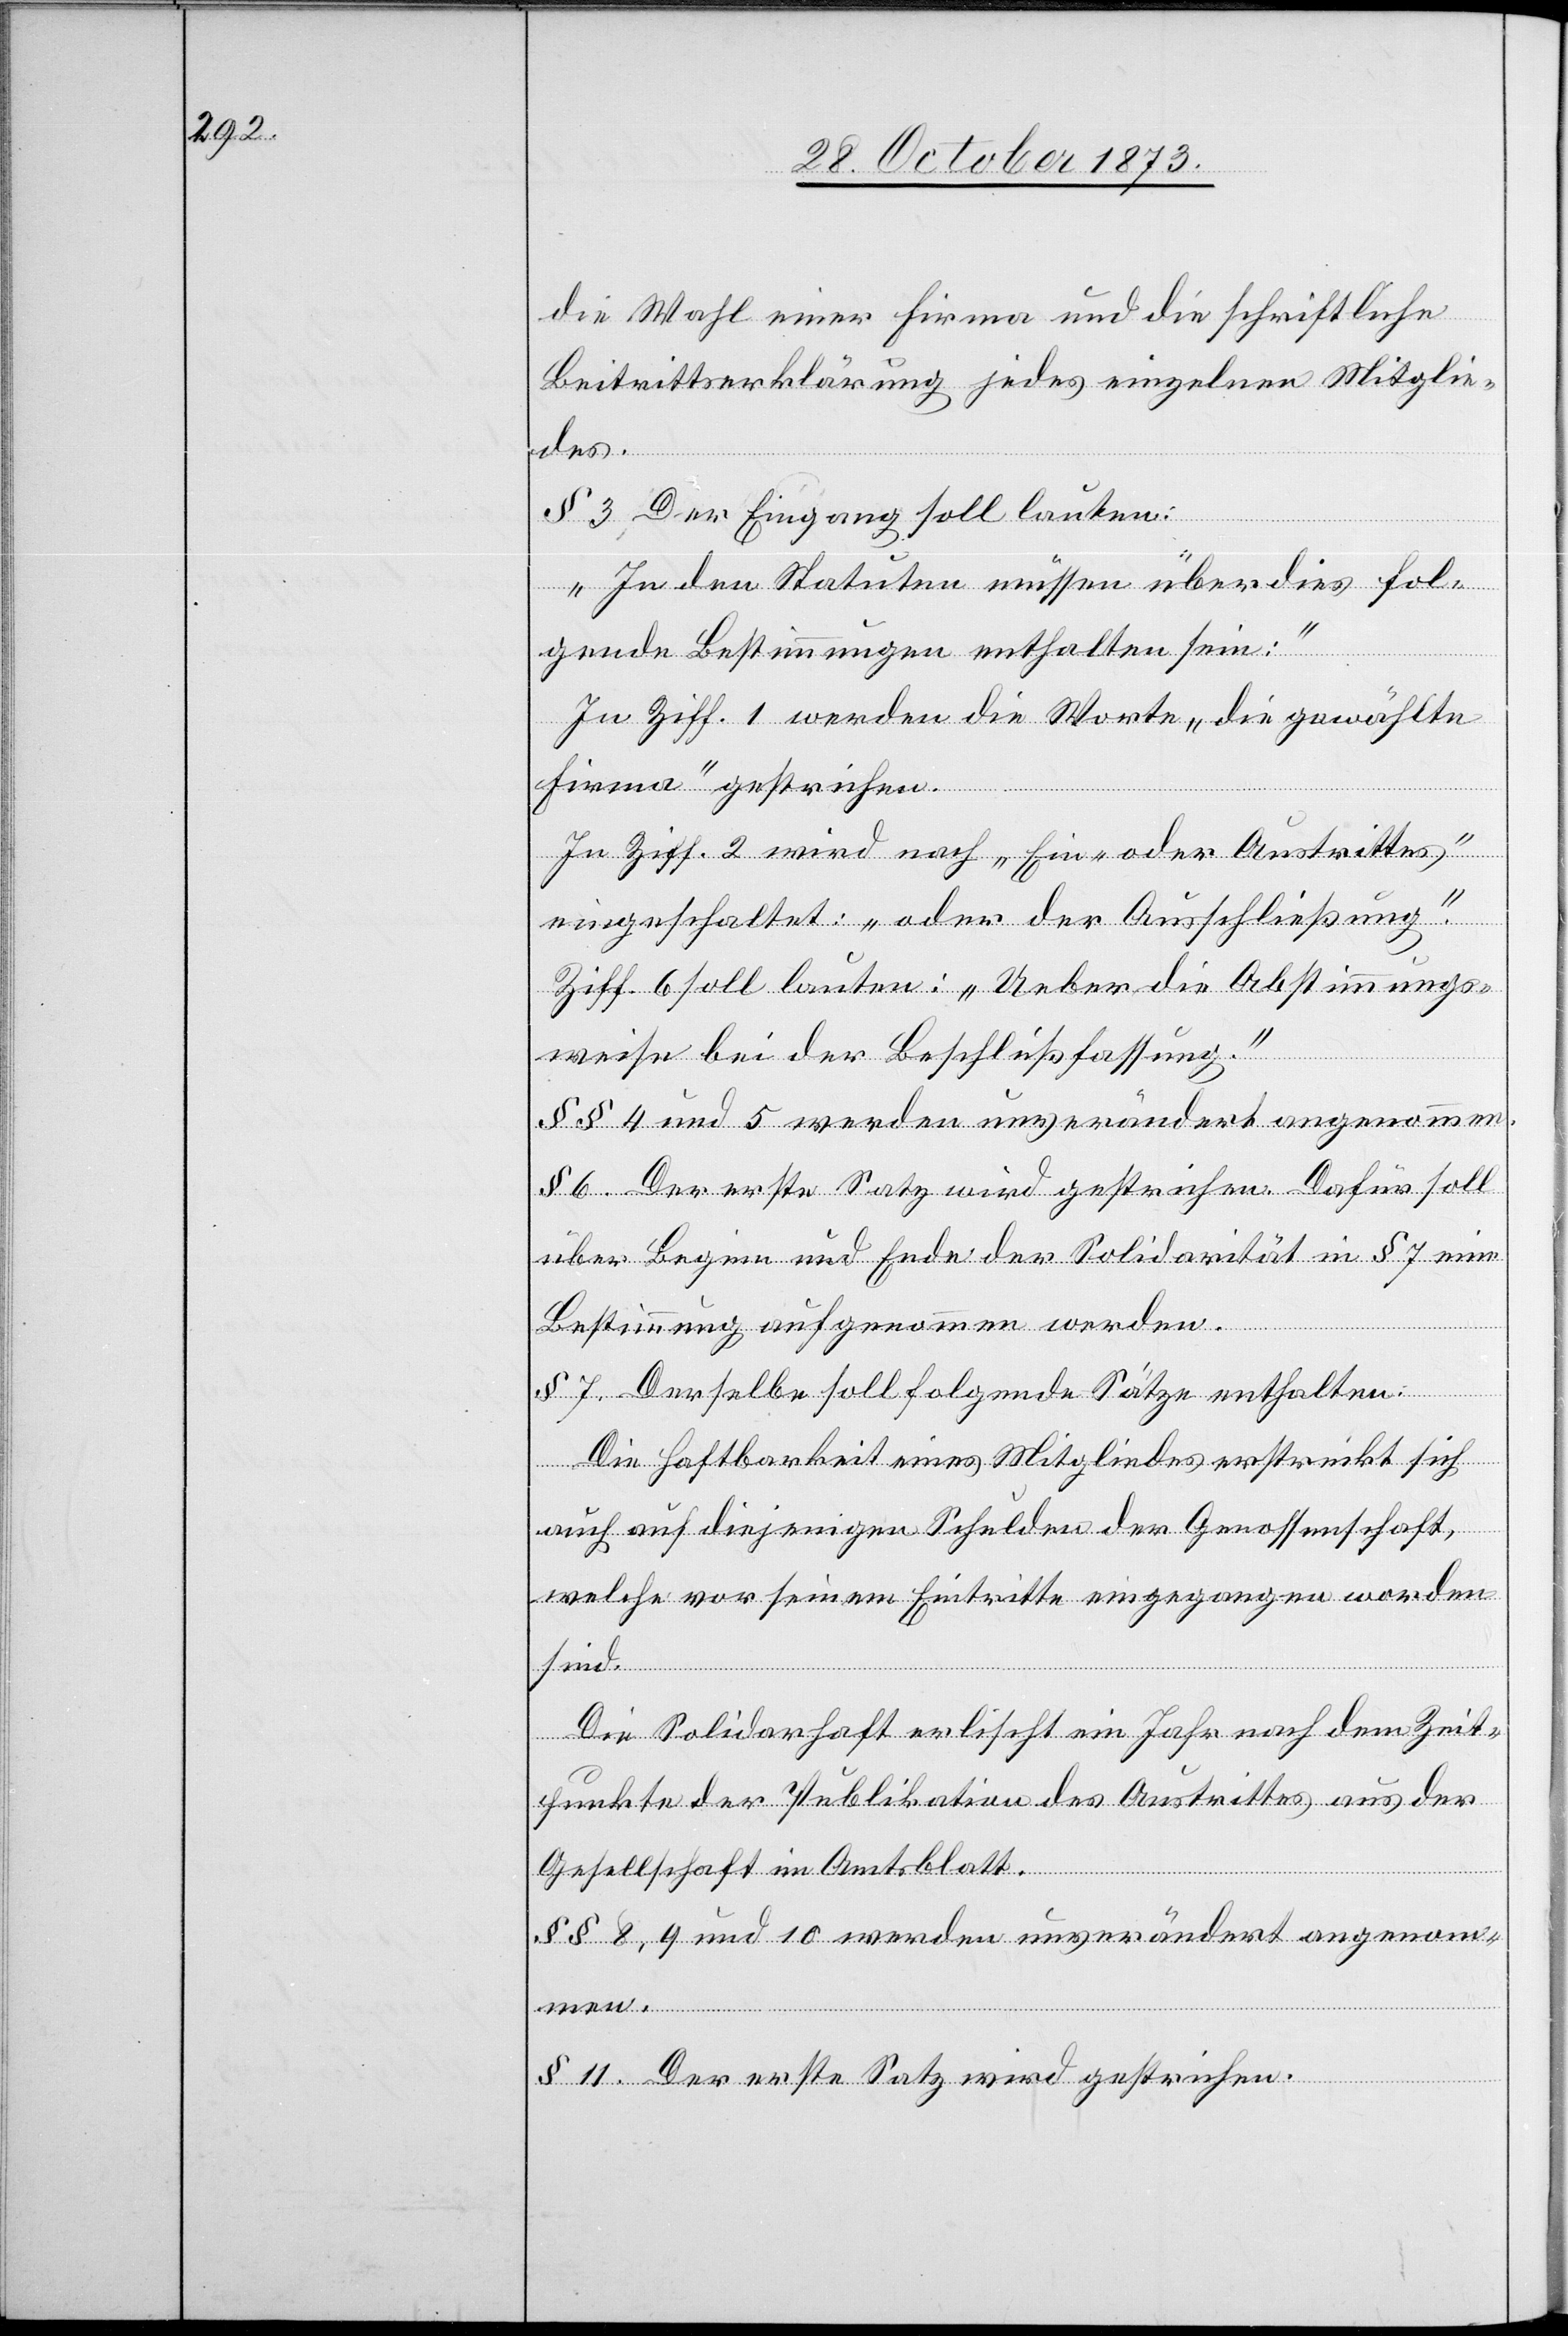
die Wahl einer Firma und die schriftliche
Beitrittserklärung jedes einzelnen Mitglie¬
des.
§ 3 Der Eingang soll lauten:
„In den Statuten müssen überdies fol¬
gende Bestimmungen enthalten sein:“
In Ziff. 1 werden die Worte „die gewählte
Firma“ gestrichen.
In Ziff. 2 wird nach „Ein- oder Austrittes“
eingeschaltet: „oder der Ausschließung“.
Ziff. 6 soll lauten: „Ueber die Abstimmungs¬
weise bei der Beschlußfassung.“
§§ 4 und 5 werden unverändert angenommen.
§ 6. Der erste Satz wird gestrichen. Dafür soll
über Beginn und Ende der Solidarität in § 7 eine
sind.
Bestimmung aufgenommen werden.
§ 7. Derselbe soll folgende Sätze enthalten:
Die Haftbarkeit eines Mitgliedes erstreckt sich
auch auf diejenigen Schulden der Genossenschaft,
welche vor seinem Eintritte eingegangen worden
Die Solidarhaft erlischt ein Jahr nach dem Zeit¬
punkte der Publikation des Austrittes aus der
Gesellschaft im Amtsblatt.
§§ 8, 9 und 10 werden unverändert angenom¬
men.
§ 11. Der erste Satz wird gestrichen.